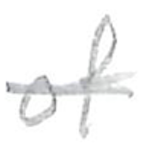
Text: of
Cross-out: single-line
Writing tool: pencil